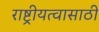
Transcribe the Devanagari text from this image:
राष्ट्रीयत्वासाठी